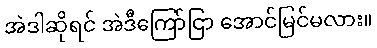
အဲဒါဆိုရင် အဲဒီကြော်ငြာ အောင်မြင်မလား။